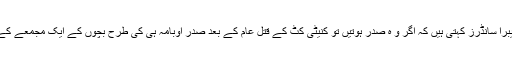
سین فرانسسکو کی ایک کالم نگار ڈیبرا سانڈرز کہتی ہیں کہ اگر وُ ہ صدر ہوتیں تو کنیٹی کٹ کے قتل عام کے بعد صدر اوبامہ ہی کی طرح بچوں کے ایک مجمعے کے سامنے اس کوشش کا آغاز کرتیں۔